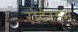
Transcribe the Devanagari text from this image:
रोटेरडम